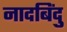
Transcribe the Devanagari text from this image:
नादबिंदु